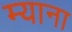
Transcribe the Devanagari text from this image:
म्याना